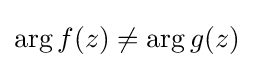
\arg {f(z)}\neq \arg {g(z)}